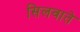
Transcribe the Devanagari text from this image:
सिलवाते